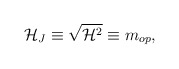
\begin{align*}{\cal H}_J\equiv \sqrt{{\cal H}^2} \equiv m_{op},\end{align*}